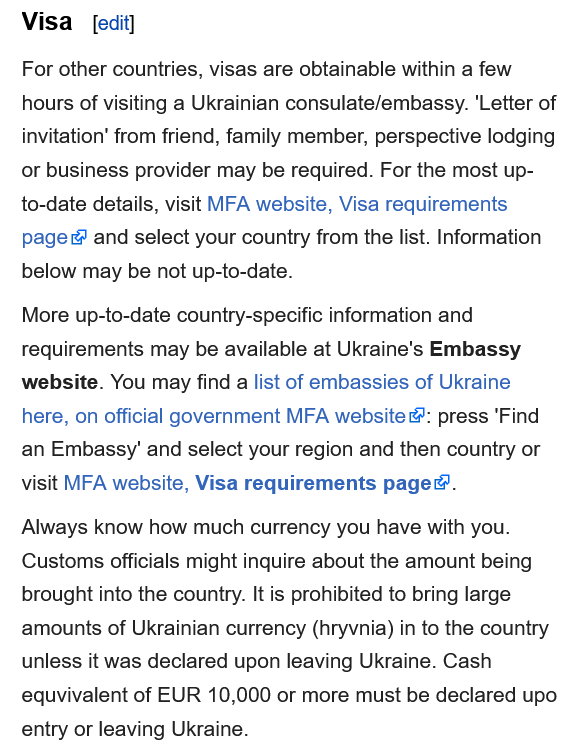
For other countries, visas are obtainable within a few
   hours of visiting a Ukrainian consulate/embassy. ‘Letter of
   invitation’ from friend, family member, perspective lodging
   or business provider may be required. For the most up-
   to-date details, visit IFA website, Visa requirements
   page and   select your country from the list. Information
   below may be not up-to-date.
   More up-to-date country-specific information and
   requirements may be available at Ukraine's Embassy
   website. You may find a list of embassies of Ukraine
   here, on official government MFA website &: press 'Find
   an Embassy’ and select your region and then country or
   visit MFA website, Visa requirements page®.
   Always know how  much currency you have with you.
   Customs officials might inquire about the amount being
   brought into the country. It is prohibited to bring large
   amounts of Ukrainian currency (hryvnia) in to the country
   unless it was declared upon leaving Ukraine. Cash
   equvivalent of EUR 10,000 or more must be declared upo
   entry or leaving Ukraine.
   Visa